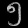
Digit: ၅